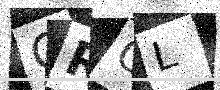
Text: ORCL